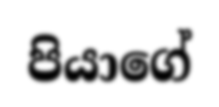
පියාගේ